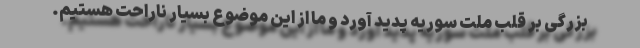
بزرگی بر قلب ملت سوریه پدید آورد و ما از این موضوع بسیار ناراحت هستیم.